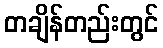
တချိန်တည်းတွင်